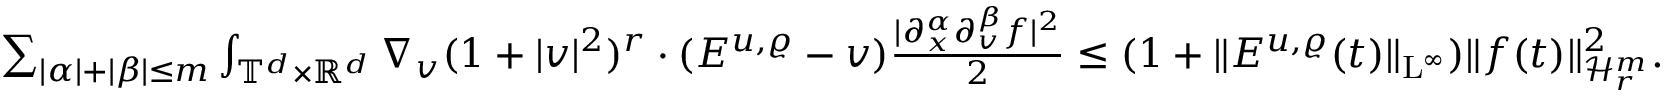
\begin{array} { r } { \sum _ { \vert \alpha \vert + \vert \beta \vert \leq m } \int _ { \mathbb T ^ { d } \times \mathbb R ^ { d } } \nabla _ { v } ( 1 + \vert v \vert ^ { 2 } ) ^ { r } \cdot ( E ^ { u , \varrho } - v ) \frac { \vert \partial _ { x } ^ { \alpha } \partial _ { v } ^ { \beta } f \vert ^ { 2 } } { 2 } \leq ( 1 + \Vert E ^ { u , \varrho } ( t ) \Vert _ { \mathrm { L } ^ { \infty } } ) \Vert f ( t ) \Vert _ { \mathcal { H } _ { r } ^ { m } } ^ { 2 } . } \end{array}